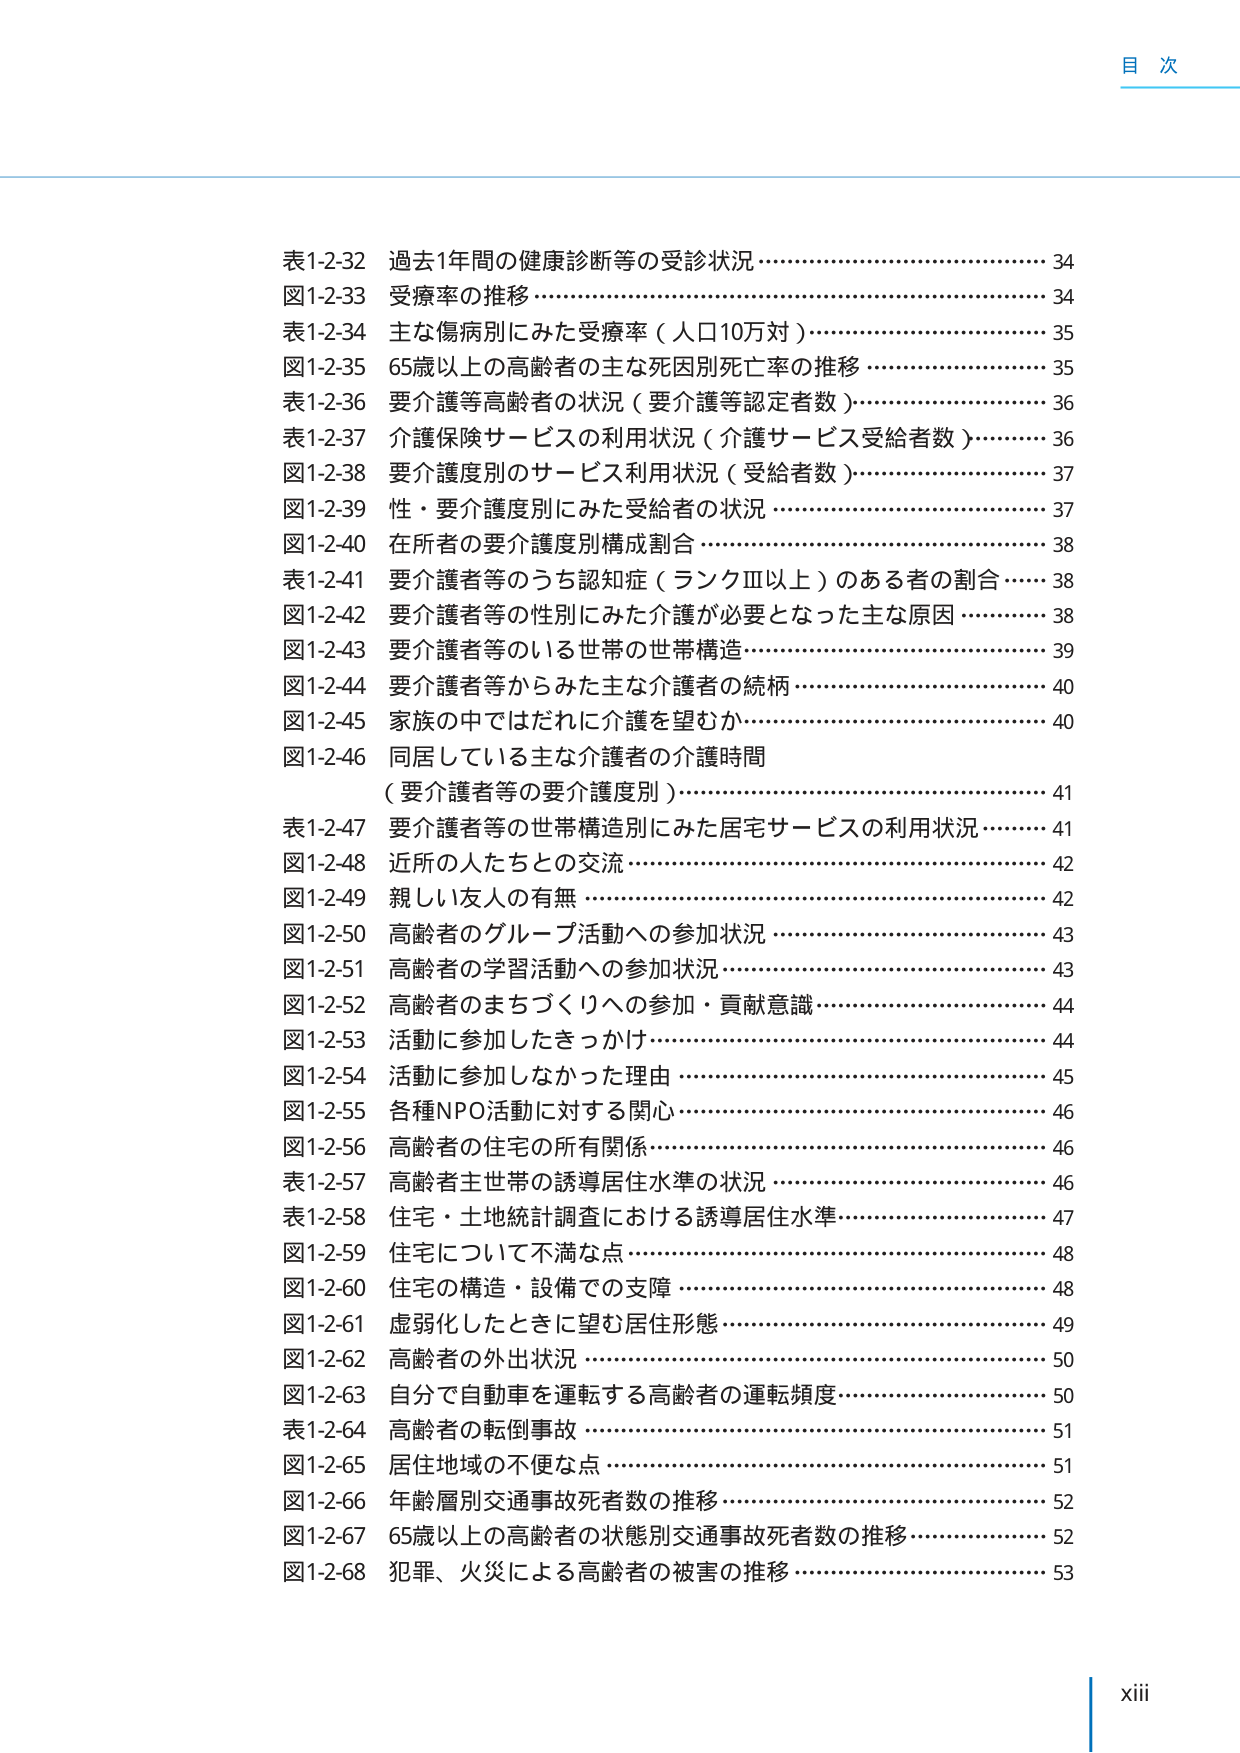
目 次

表1-2-32 過去1年間の健康診断等の受診状況……………………………………… 34
図1-2-33 受療率の推移…………………………………………………………… 34
表1-2-34 主な傷病別にみた受療率（人口10万対）……………………………… 35
図1-2-35 65歳以上の高齢者の主な死因別死亡率の推移 ……………………… 35
表1-2-36 要介護等高齢者の状況（要介護等認定者数）………………………… 36
表1-2-37 介護保険サービスの利用状況（介護サービス受給者数）……………… 36
図1-2-38 要介護度別のサービス利用状況（受給者数）………………………… 37
図1-2-39 性・要介護度別にみた受給者の状況 ………………………………… 37
図1-2-40 在所者の要介護度別構成割合 ………………………………………… 38
表1-2-41 要介護者等のうち認知症（ランクⅢ以上）のある者の割合 ………… 38
図1-2-42 要介護者等の性別にみた介護が必要となった主な原因 ……………… 38
図1-2-43 要介護者等のいる世帯の世帯構造…………………………………… 39
図1-2-44 要介護者等からみた主な介護者の続柄………………………………… 40
図1-2-45 家族の中ではだれに介護を望むか……………………………………… 40
図1-2-46 同居している主な介護者の介護時間
（要介護者等の要介護度別）………………………………………………… 41
表1-2-47 要介護者等の世帯構造別にみた居宅サービスの利用状況…………… 41
図1-2-48 近所の人たちとの交流………………………………………………… 42
図1-2-49 親しい友人の有無 …………………………………………………… 42
図1-2-50 高齢者のグループ活動への参加状況 ………………………………… 43
図1-2-51 高齢者の学習活動への参加状況 ……………………………………… 43
図1-2-52 高齢者のまちづくりへの参加・貢献意識……………………………… 44
図1-2-53 活動に参加したきっかけ……………………………………………… 44
図1-2-54 活動に参加しなかった理由 ………………………………………… 45
図1-2-55 各種NPO活動に対する関心…………………………………………… 46
図1-2-56 高齢者の住宅の所有関係……………………………………………… 46
表1-2-57 高齢者主世帯の誘導居住水準の状況 ………………………………… 46
表1-2-58 住宅・土地統計調査における誘導居住水準…………………………… 47
図1-2-59 住宅について不満な点………………………………………………… 48
図1-2-60 住宅の構造・設備での支障 ………………………………………… 48
図1-2-61 虚弱化したときに望む居住形態……………………………………… 49
図1-2-62 高齢者の外出状況 …………………………………………………… 50
図1-2-63 自分で自動車を運転する高齢者の運転頻度………………………… 50
表1-2-64 高齢者の転倒事故 …………………………………………………… 51
図1-2-65 居住地域の不便な点 ………………………………………………… 51
図1-2-66 年齢層別交通事故死者数の推移……………………………………… 52
図1-2-67 65歳以上の高齢者の状態別交通事故死者数の推移………………… 52
図1-2-68 犯罪、火災による高齢者の被害の推移……………………………… 53

xiii